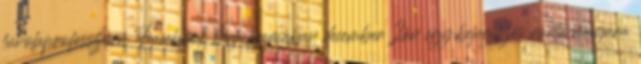
fuvolaprofesszora Facebook hírfolyamában december 2án egy bejegyzés vonta magára